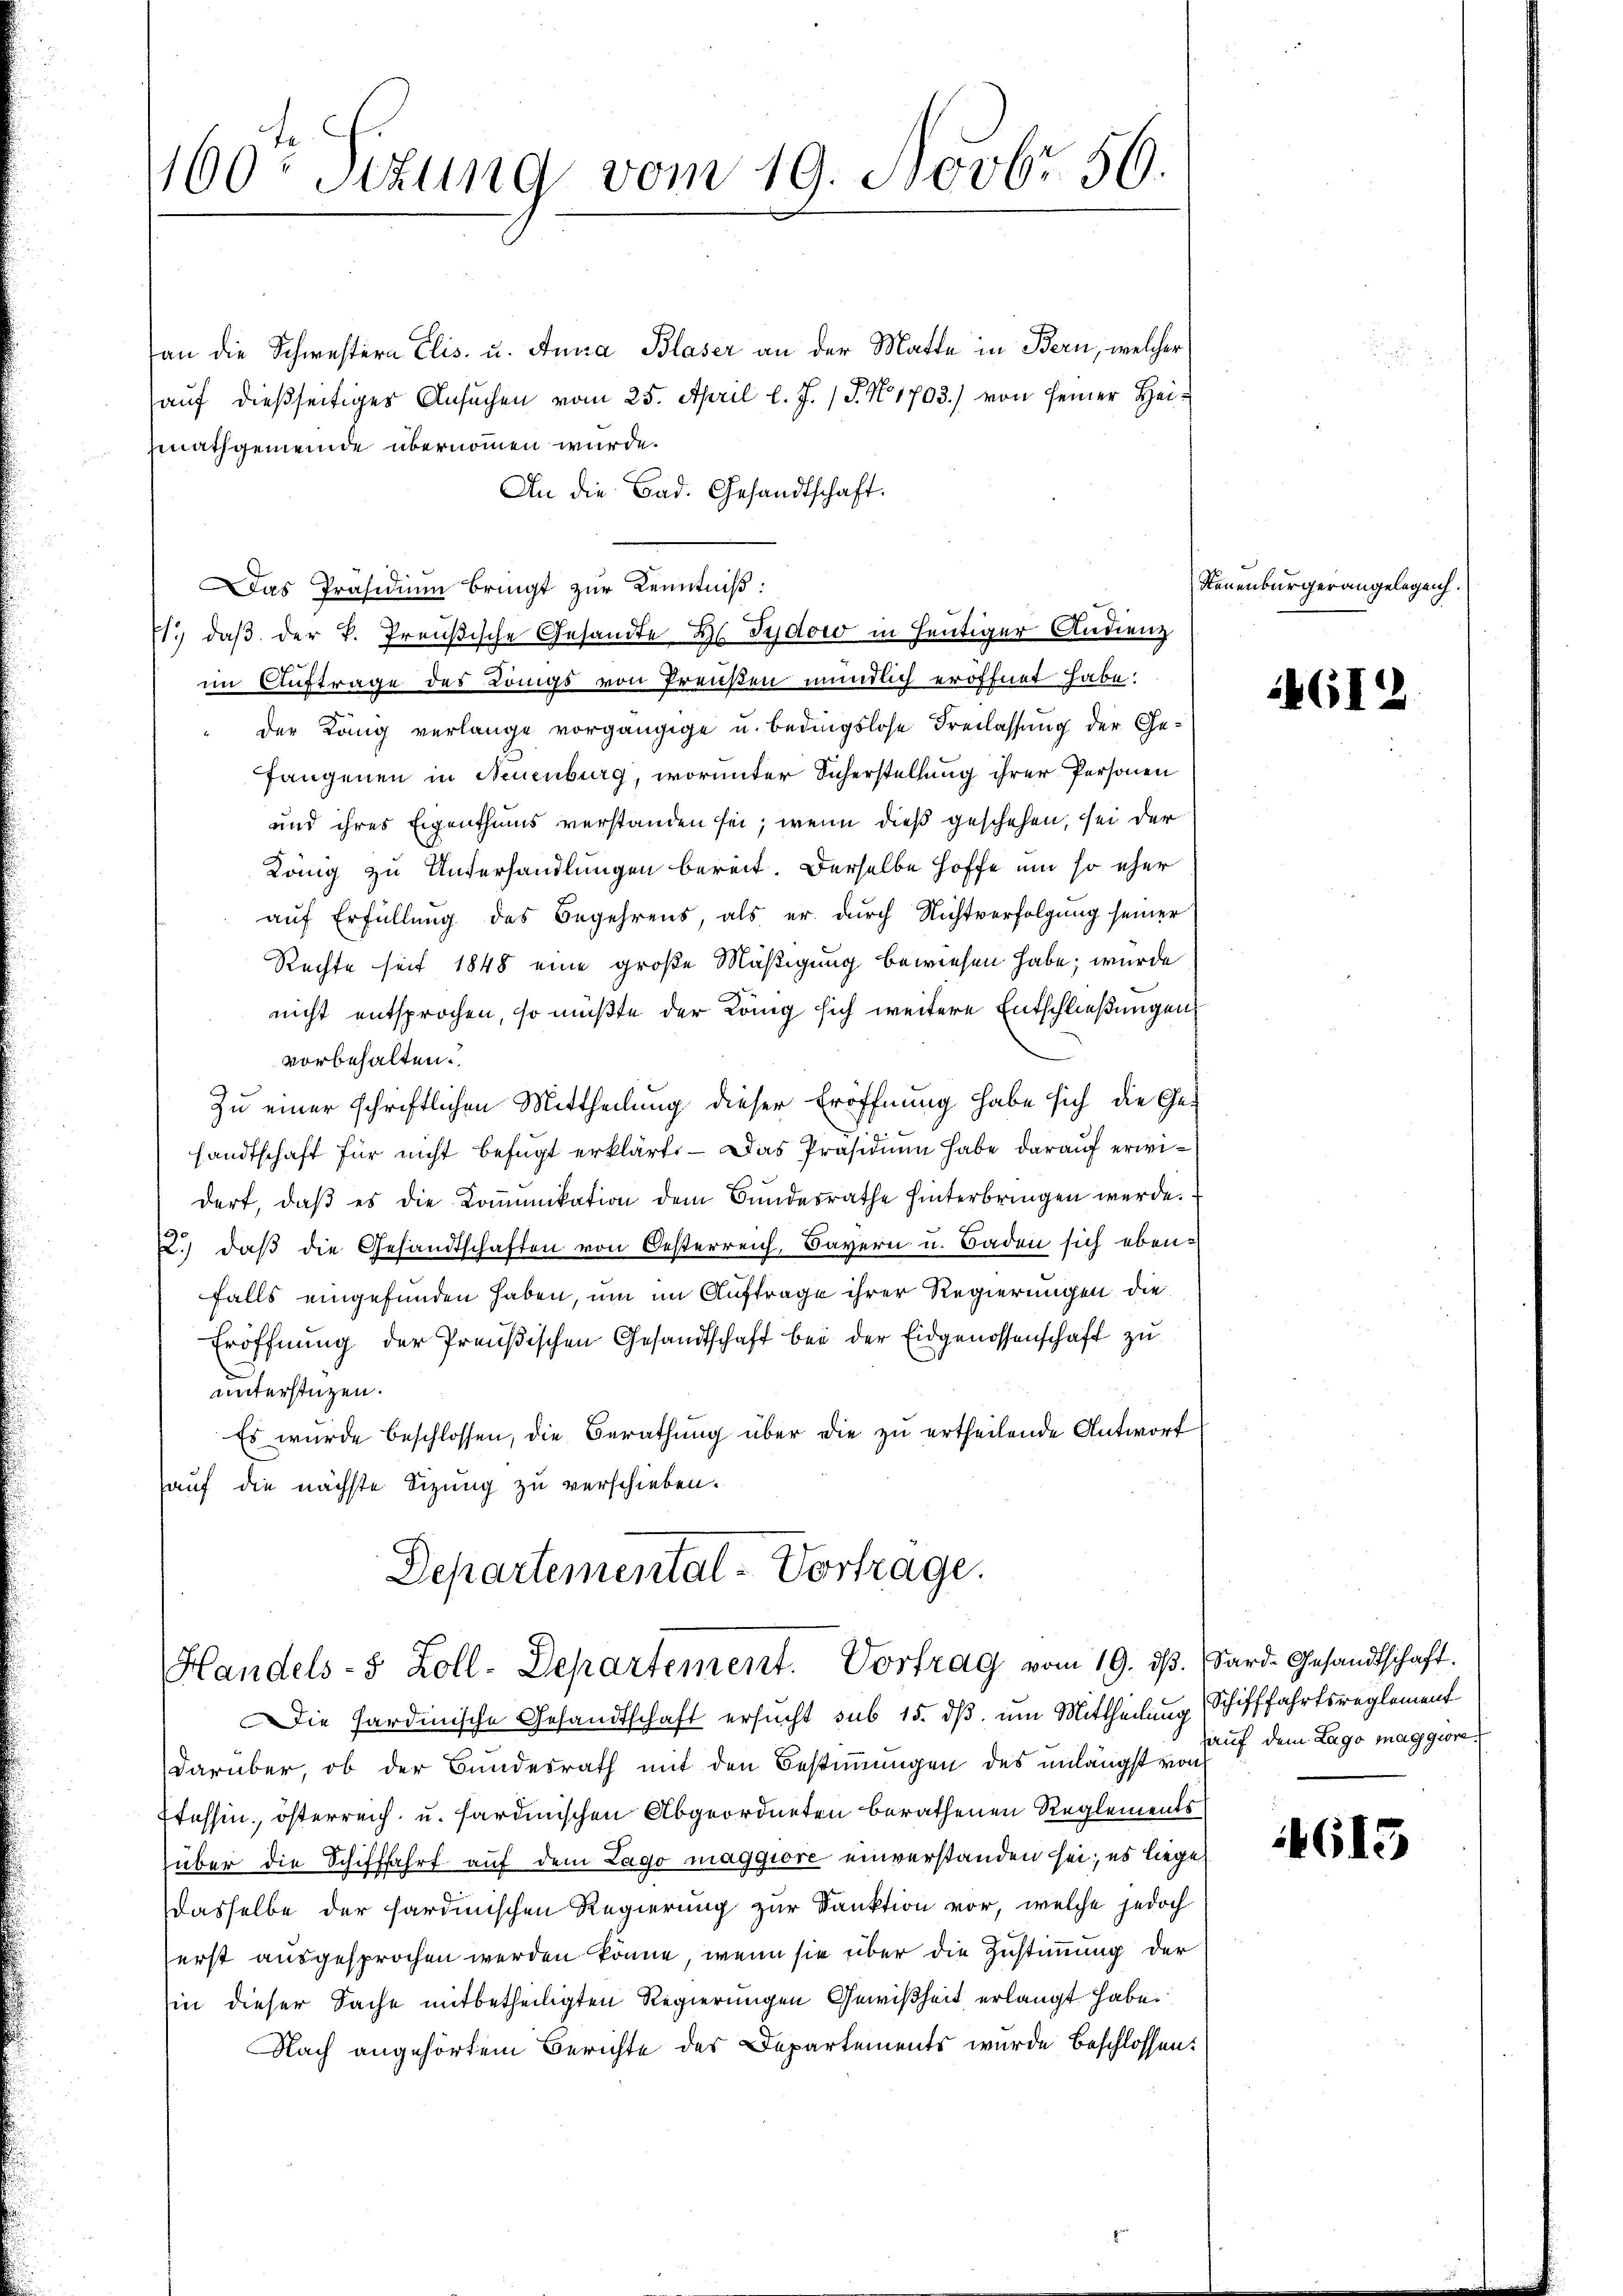
460ten Sizung vom 19. Novbr. 56.

an die Schwestern Elis. u. Anna Blaser an der Matte in Bern, welcher
auf dießseitiges Ansuchen vom 25. April l. J. (T. N. 1703.) von seiner Hei¬
Geathgemeinde übernommen würde.
An die Bad. Gesandtschaft.
Das Präsidium bringt zur Kenntniß:
E. daß der k. Preußische Gesandte ds Sydow in heutiger Audienz
im Auftrage des Königs von Preußen mündlich eröffnet habe:
" der König verlange vorgängige u. bedingslose Freilassung der Gefangenen in Neuenburg, worunter Sicherstellung ihrer Personen
und ihres Eigenthums verstanden sei; wenn dieß geschehen, sei der
König zu Unterhandlungen bereit. Derselbe Hoffe um so eher
auf Erfüllung des Begehrens, als er durch Nichtverfolgung seiner
Rechte seit 1848 eine große Mäßigung bewiesen habe; wurde
nicht entsprochen, so müßte der Lang sich weitere Entschließungen
vorbehalten.
Zu einer schriftlichen Mittheilung dieser Eröffnung habe sich die Ge-
sandtschaft für nicht befugt erklärt. — Das Präsidium habe darauf erwidert, daß es die Kommunikation dem Bundesrathe hinterbringen werde.
.) daß die Gesandtschaften von Oesterreich, Bayern u. Baden sich ebenfalls eingefunden haben, um im Auftrage ihrer Regierungen die
Eröffnung der Preußischen Gesandtschaft bei der Eidgenossenschaft zu
unterstüzen.
Es wurde beschlossen, die Berathung über die zu ertheilende Antwort
auf die nächste Sizung zu verschieben.
Departemental-Vortrage.

Handels- 5 Zoll-Departement. Vortrag vom 19. ds. Sard. Gesandtschaft.

Steuenburger angelegen.

Die Sardinische Gesandtschaft ersucht sub 15. dβ. um Mittheilung (Schifffahrtsreglement
darüber, ob der Bundesrath mit den Bestimmungen des unlängst von
Etessin österreich u. sardinischen Abgeordneten berathenen Reglements
über die Schifffahrt auf dem Lago maggiore einverstanden sei; es liege
dasselbe der sardinischen Regierung zur Sanktion vor, welche jedoch
erst ausgesprochen werden könne, wenn sie über die Zustimmung der
sin dieser Sache mitbetheiligten Regierungen Gewißheit erlangt habe.
Nach angehörtem Berichte des Departements wurde beschlossen:

4612

hauf dem Lago maggiore,

613